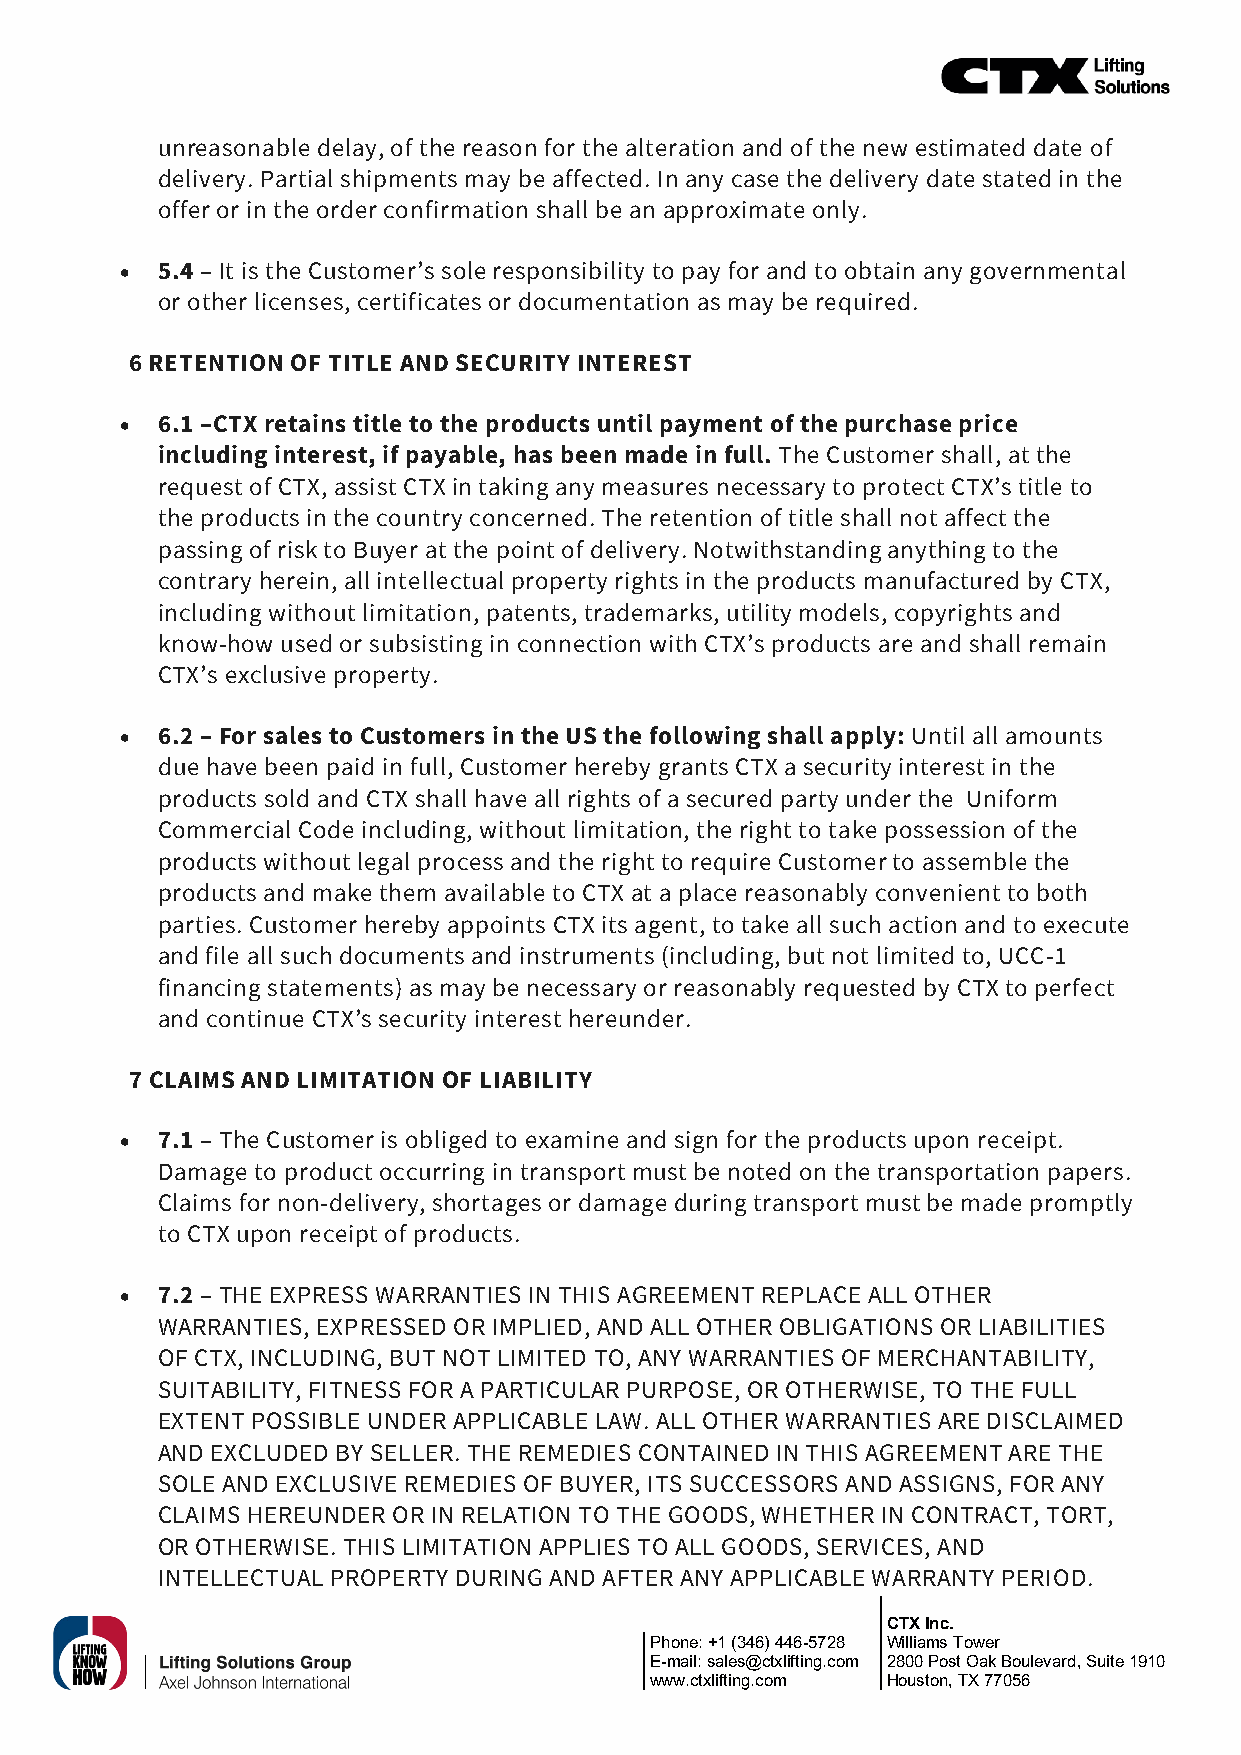
unreasonable delay, of the reason for the alteration and of the new estimated date of
 delivery. Partial shipments may be affected. In any case the delivery date stated in the
 offer or in the order confirmation shall be an approximate only.
 • 5.4 – It is the Customer’s sole responsibility to pay for and to obtain any governmental
 or other licenses, certificates or documentation as may be required.
 6 RETENTION OF TITLE AND SECURITY INTEREST
 • 6.1 –CTX retains title to the products until payment of the purchase price
 including interest, if payable, has been made in full. The Customer shall, at the
 request of CTX, assist CTX in taking any measures necessary to protect CTX’s title to
 the products in the country concerned. The retention of title shall not affect the
 passing of risk to Buyer at the point of delivery. Notwithstanding anything to the
 contrary herein, all intellectual property rights in the products manufactured by CTX,
 including without limitation, patents, trademarks, utility models, copyrights and
 know-how used or subsisting in connection with CTX’s products are and shall remain
 CTX’s exclusive property.
 • 6.2 – For sales to Customers in the US the following shall apply: Until all amounts
 due have been paid in full, Customer hereby grants CTX a security interest in the
 products sold and CTX shall have all rights of a secured party under the Uniform
 Commercial Code including, without limitation, the right to take possession of the
 products without legal process and the right to require Customer to assemble the
 products and make them available to CTX at a place reasonably convenient to both
 parties. Customer hereby appoints CTX its agent, to take all such action and to execute
 and file all such documents and instruments (including, but not limited to, UCC-1
 financing statements) as may be necessary or reasonably requested by CTX to perfect
 and continue CTX’s security interest hereunder.
 7 CLAIMS AND LIMITATION OF LIABILITY
 • 7.1 – The Customer is obliged to examine and sign for the products upon receipt.
 Damage to product occurring in transport must be noted on the transportation papers.
 Claims for non-delivery, shortages or damage during transport must be made promptly
 to CTX upon receipt of products.
 • 7.2 – THE EXPRESS WARRANTIES IN THIS AGREEMENT REPLACE ALL OTHER
 WARRANTIES, EXPRESSED OR IMPLIED, AND ALL OTHER OBLIGATIONS OR LIABILITIES
 OF CTX, INCLUDING, BUT NOT LIMITED TO, ANY WARRANTIES OF MERCHANTABILITY,
 SUITABILITY, FITNESS FOR A PARTICULAR PURPOSE, OR OTHERWISE, TO THE FULL
 EXTENT POSSIBLE UNDER APPLICABLE LAW. ALL OTHER WARRANTIES ARE DISCLAIMED
 AND EXCLUDED BY SELLER. THE REMEDIES CONTAINED IN THIS AGREEMENT ARE THE
 SOLE AND EXCLUSIVE REMEDIES OF BUYER, ITS SUCCESSORS AND ASSIGNS, FOR ANY
 CLAIMS HEREUNDER OR IN RELATION TO THE GOODS, WHETHER IN CONTRACT, TORT,
 OR OTHERWISE. THIS LIMITATION APPLIES TO ALL GOODS, SERVICES, AND
 INTELLECTUAL PROPERTY DURING AND AFTER ANY APPLICABLE WARRANTY PERIOD.
 CTX Inc.
 Phone: +1 (346) 446-5728 Williams Tower
 E-mail: sales@ctxlifting.com 2800 Post Oak Boulevard, Suite 1910
 www.ctxlifting.com Houston, TX 77056